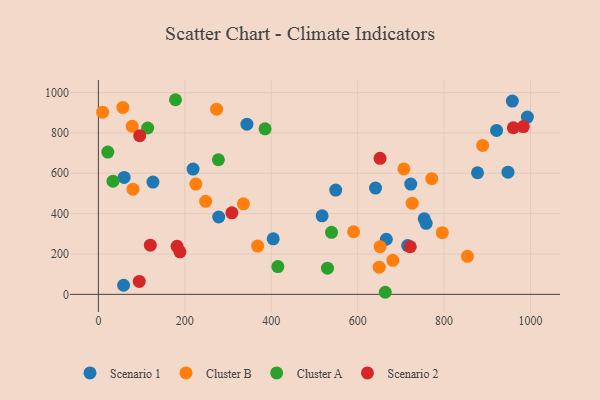
{"axis": {"x": "Price", "y": "Sales"}, "legend": ["Cluster A", "Cluster B", "Scenario 1", "Scenario 2"], "data": [{"x": "641.3", "y": 526.5, "type": "Scenario 1"}, {"x": "278.4", "y": 383.2, "type": "Scenario 1"}, {"x": "58.3", "y": 45.1, "type": "Scenario 1"}, {"x": "343.7", "y": 843.2, "type": "Scenario 1"}, {"x": "715.7", "y": 241.8, "type": "Scenario 1"}, {"x": "947.8", "y": 605.5, "type": "Scenario 1"}, {"x": "754.0", "y": 374.5, "type": "Scenario 1"}, {"x": "957.9", "y": 957.8, "type": "Scenario 1"}, {"x": "921.4", "y": 812.3, "type": "Scenario 1"}, {"x": "549.2", "y": 516.8, "type": "Scenario 1"}, {"x": "126.3", "y": 556.3, "type": "Scenario 1"}, {"x": "517.7", "y": 389.0, "type": "Scenario 1"}, {"x": "722.8", "y": 546.6, "type": "Scenario 1"}, {"x": "877.3", "y": 602.6, "type": "Scenario 1"}, {"x": "758.5", "y": 351.7, "type": "Scenario 1"}, {"x": "59.6", "y": 579.3, "type": "Scenario 1"}, {"x": "219.1", "y": 620.6, "type": "Scenario 1"}, {"x": "992.7", "y": 878.2, "type": "Scenario 1"}, {"x": "404.6", "y": 275.1, "type": "Scenario 1"}, {"x": "666.3", "y": 273.1, "type": "Scenario 1"}, {"x": "651.8", "y": 236.0, "type": "Cluster B"}, {"x": "9.8", "y": 902.7, "type": "Cluster B"}, {"x": "771.4", "y": 572.9, "type": "Cluster B"}, {"x": "56.7", "y": 926.0, "type": "Cluster B"}, {"x": "795.8", "y": 305.8, "type": "Cluster B"}, {"x": "368.5", "y": 239.1, "type": "Cluster B"}, {"x": "681.4", "y": 168.6, "type": "Cluster B"}, {"x": "590.5", "y": 310.2, "type": "Cluster B"}, {"x": "854.0", "y": 188.3, "type": "Cluster B"}, {"x": "335.6", "y": 448.7, "type": "Cluster B"}, {"x": "726.1", "y": 451.7, "type": "Cluster B"}, {"x": "225.5", "y": 546.6, "type": "Cluster B"}, {"x": "649.8", "y": 134.9, "type": "Cluster B"}, {"x": "273.5", "y": 917.5, "type": "Cluster B"}, {"x": "78.2", "y": 832.7, "type": "Cluster B"}, {"x": "80.1", "y": 520.9, "type": "Cluster B"}, {"x": "248.2", "y": 461.0, "type": "Cluster B"}, {"x": "889.2", "y": 738.0, "type": "Cluster B"}, {"x": "706.9", "y": 621.2, "type": "Cluster B"}, {"x": "663.8", "y": 10.3, "type": "Cluster A"}, {"x": "178.4", "y": 964.3, "type": "Cluster A"}, {"x": "114.1", "y": 824.3, "type": "Cluster A"}, {"x": "415.3", "y": 137.5, "type": "Cluster A"}, {"x": "277.7", "y": 666.8, "type": "Cluster A"}, {"x": "33.8", "y": 560.9, "type": "Cluster A"}, {"x": "539.5", "y": 307.2, "type": "Cluster A"}, {"x": "21.8", "y": 705.1, "type": "Cluster A"}, {"x": "385.7", "y": 819.9, "type": "Cluster A"}, {"x": "530.1", "y": 129.5, "type": "Cluster A"}, {"x": "94.6", "y": 64.0, "type": "Scenario 2"}, {"x": "120.2", "y": 243.8, "type": "Scenario 2"}, {"x": "721.7", "y": 235.8, "type": "Scenario 2"}, {"x": "960.2", "y": 825.4, "type": "Scenario 2"}, {"x": "651.7", "y": 673.8, "type": "Scenario 2"}, {"x": "308.9", "y": 404.1, "type": "Scenario 2"}, {"x": "182.1", "y": 238.0, "type": "Scenario 2"}, {"x": "188.7", "y": 210.8, "type": "Scenario 2"}, {"x": "95.6", "y": 786.2, "type": "Scenario 2"}, {"x": "983.3", "y": 831.2, "type": "Scenario 2"}]}